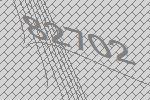
82702